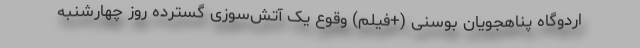
اردوگاه پناهجویان بوسنی (+فیلم) وقوع یک آتش‌سوزی گسترده روز چهارشنبه